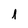
Character: 1